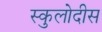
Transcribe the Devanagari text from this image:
स्कुलोदीस